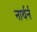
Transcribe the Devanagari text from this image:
नार्थर्न